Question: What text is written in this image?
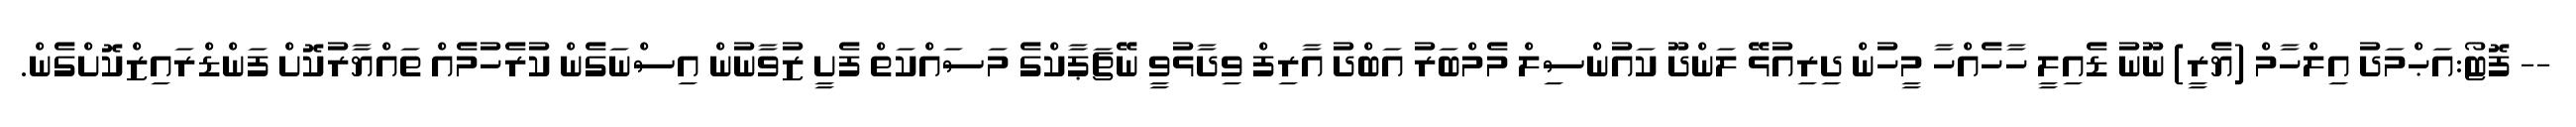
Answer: -- ފޮޓޯ:އަޙްމަދު އިލްހާމް (ޔެރީ) ނޫނު ޑެއިލީ ހާހެއްހާ މީހުން ދިރިއުޅޭ ލަންދޫ ކައުންސިލް މެމްބަރު އަބްދު އާރިފް ވިދާޅުވީ ނޭޗަޕާކްގެ މަސައްކަތް ފެށީ ޒުވާނުން އިސްނަގެން ކުރެހުމެއް ތައްޔާރުކޮށް ފަންޑްރައިޒްކޮށްގެން.